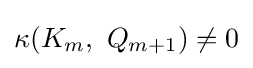
\kappa (K_{m},~Q_{m+1})\neq 0